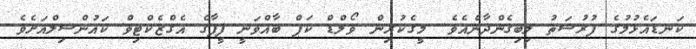
ކަނޑައެޅުމުގެ ފުރުސަތު ލިބިގެންދާނެއެވެ. މީގެކުރިން ވޯލްޑް ކަޕް ބާއްވަނީ ފީފާގެ އެގްޒެކްޓިވް ކައުންސިލްއަށެވެ.